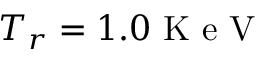
T _ { r } = 1 . 0 \mathrm { ~ K ~ e ~ V ~ }